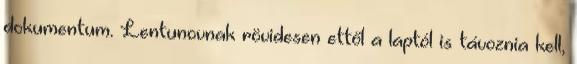
dokumentum. Lentunovnak rövidesen ettől a laptól is távoznia kell,